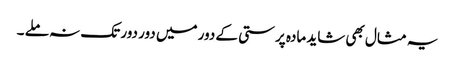
یہ مثال بھی شاید مادہ پرستی کے دور میں دور دور تک نہ ملے ۔